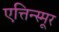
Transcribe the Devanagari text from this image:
एत्तिन्स्मूर